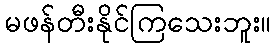
မဖန်တီးနိုင်ကြသေးဘူး။